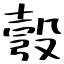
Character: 彀